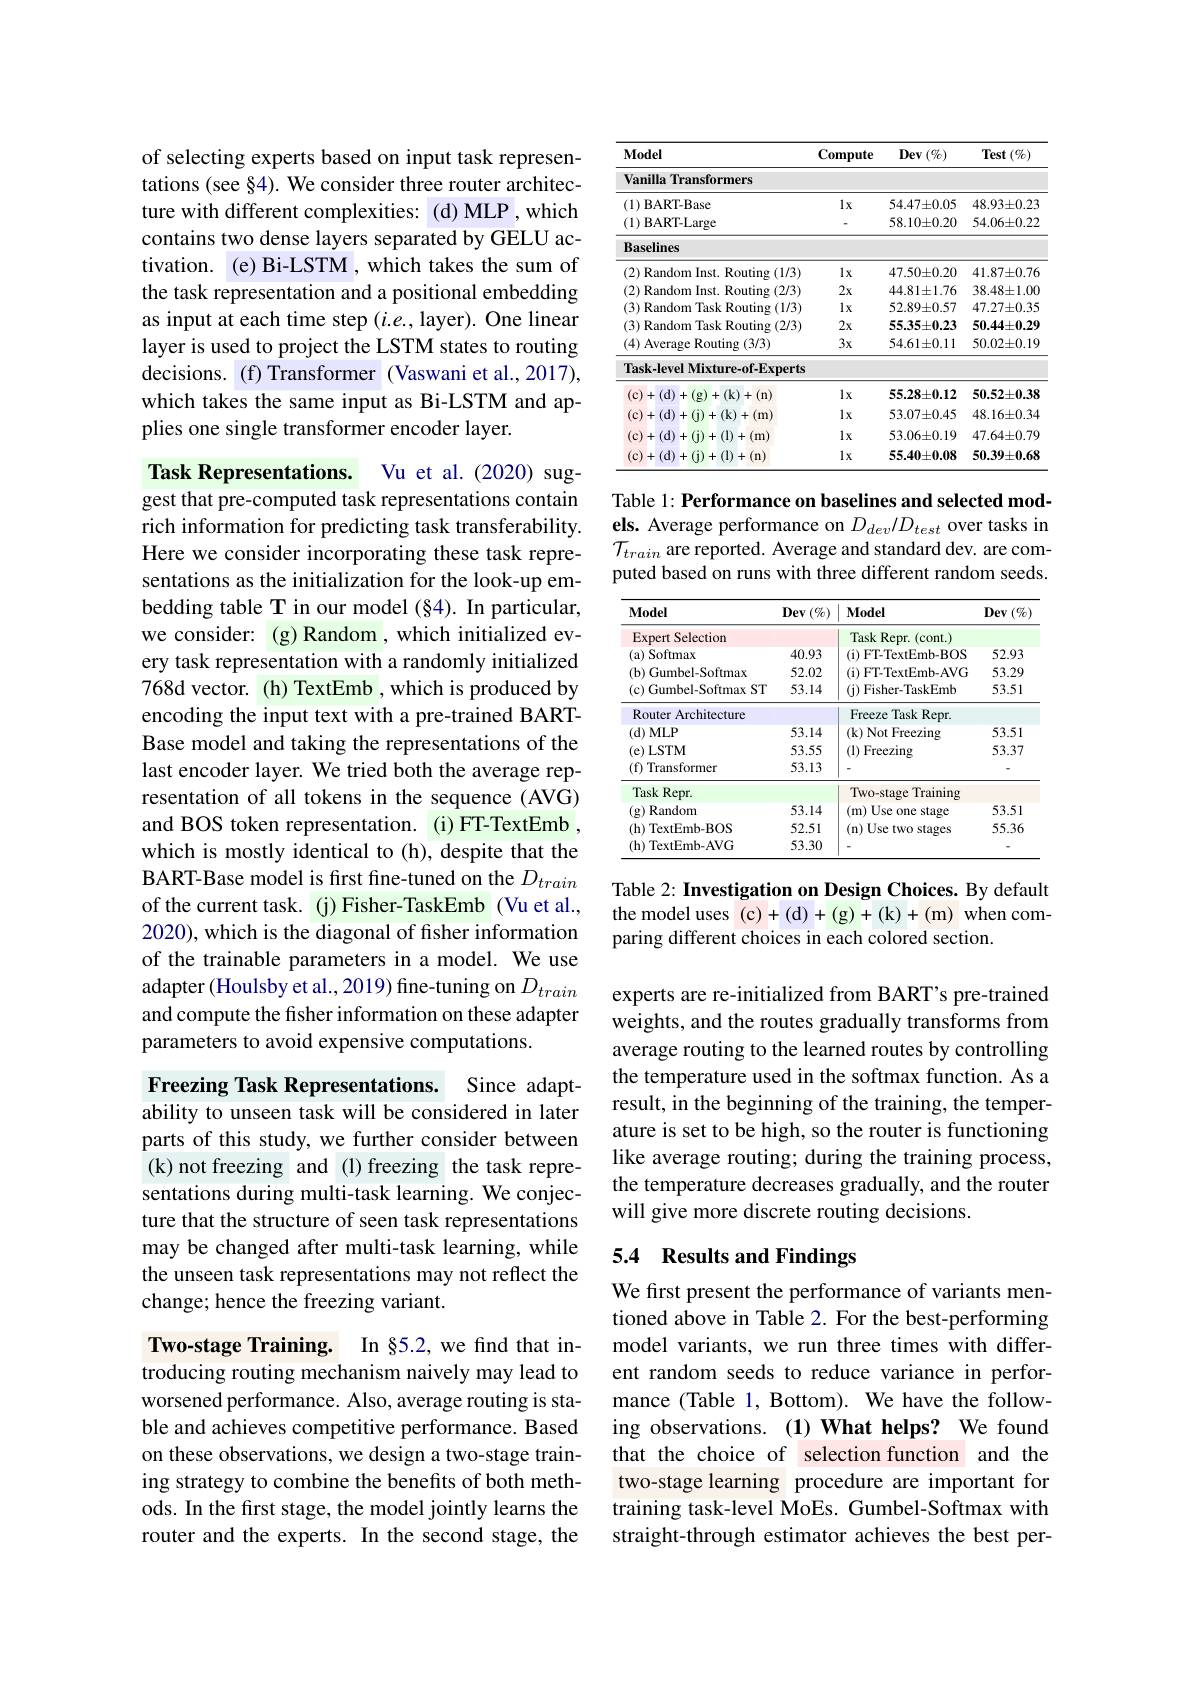
of selecting experts based on input task representations (see §4). We consider three router architecture with different complexities: (d)MLP,which contains two dense layers separated by GELU activation. (e) Bi-LSTM , which takes the sum of the task representation and a positional embedding as input at each time step $(i.e.$,layer). One linear layer is used to project the LSTM states to routing decisions. (f)Transformer (Vaswani et al.,2017), which takes the same input as Bi-LSTM and applies one single transformer encoder layer.

Task Representations. Vu et al.(2020) suggest that pre-computed task representations contain rich information for predicting task transferability. Here we consider incorporating these task representations as the initialization for the look-up embedding table T in our model $(\S4).$ In particular, we consider: (g)Random, which initialized every task representation with a randomly initialized 768d vector. (h) TextEmb , which is produced by encoding the input text with a pre-trained BARTBase model and taking the representations of the last encoder layer. We tried both the average representation of all tokens in the sequence (AVG) and BOS token representation. (i)FT-TextEmb , which is mostly identical to (h), despite that the BART-Base model is first fine-tuned on the $D_{train}$ of the current task. (j) Fisher-TaskEmb (Vu et al., 2020), which is the diagonal of fisher information of the trainable parameters in a model. We use adapter (Houlsby et al., 2019) fine-tuning on $D_{train}$ and compute the fisher information on these adapter parameters to avoid expensive computations.

Freezing Task Representations. Since adaptability to unseen task will be considered in later parts of this study, we further consider between (k)not freezing and (l)freezing the task representations during multi-task learning. We conjecture that the structure of seen task representations may be changed after multi-task learning, while the unseen task representations may not reflect the change; hence the freezing variant.

Two-stage Training. In §5.2, we find that introducing routing mechanism naively may lead to worsened performance. Also, average routing is stable and achieves competitive performance. Based on these observations, we design a two-stage training strategy to combine the benefits of both methods. In the first stage, the model jointly learns the router and the experts. In the second stage, the

<table>
	<tbody>
		<tr>
			<th>$\mathbf{Model}$</th>
			<th>$\mathbf{Compute}$</th>
			<th>$Dev\left(\%\right)$</th>
			<th>$\operatorname{Test}\left(\%\right)$</th>
		</tr>
		<tr>
			<td>Vanilla Transformers</td>
			<td> </td>
			<td> </td>
			<td> </td>
		</tr>
		<tr>
			<td>(1)BART-Base</td>
			<td>$1x$</td>
			<td>$54.47\pm0.05$</td>
			<td>$48.93\pm0.23$</td>
		</tr>
		<tr>
			<td>(1) BART-Large</td>
			<td> </td>
			<td>$58.10\pm0.20$</td>
			<td>$54.06\pm0.22$</td>
		</tr>
		<tr>
			<td>Baselines</td>
			<td> </td>
			<td> </td>
			<td> </td>
		</tr>
		<tr>
			<td>(2) Random Inst. Routing (1/3)</td>
			<td>$1x$</td>
			<td>$47.50\pm0.20$</td>
			<td>$41.87\pm0.76$</td>
		</tr>
		<tr>
			<td>(2) Random Inst. Routing (2/3)</td>
			<td>$2x$</td>
			<td>$44.81\pm1.76$</td>
			<td>$38.48\pm1.00$</td>
		</tr>
		<tr>
			<td>(3) Random Task Routing (1/3)</td>
			<td>$1x$</td>
			<td>$52.89\pm0.57$</td>
			<td>$47.27\pm0.35$</td>
		</tr>
		<tr>
			<td>(3) Random Task Routing (2/3)</td>
			<td>$2x$</td>
			<td>$55.35\pm0.23$</td>
			<td>$50.44\pm0.29$</td>
		</tr>
		<tr>
			<td>(4) Average Routing (3/3)</td>
			<td>$3x$</td>
			<td>$54.61\pm0.11$</td>
			<td>$50.02\pm0.19$</td>
		</tr>
		<tr>
			<td>Task-level Mixture-of-Experts</td>
			<td> </td>
			<td> </td>
			<td> </td>
		</tr>
		<tr>
			<td>(c)+(d)+(g)+(k)+(n)</td>
			<td>$1x$</td>
			<td>$55.28\pm0.12$</td>
			<td>$50.52\pm0.38$</td>
		</tr>
		<tr>
			<td>(c)+(d)+(j)+(k)+(m)</td>
			<td>$1x$</td>
			<td>$53.07\pm0.45$</td>
			<td>$48.16\pm0.34$</td>
		</tr>
		<tr>
			<td>(c)+(d)+(j)+(l)+(m)</td>
			<td>$1x$</td>
			<td>$53.06\pm0.19$</td>
			<td>$47.64\pm0.79$</td>
		</tr>
		<tr>
			<td>(c)+(d)+ 1. 1 +(1)+(n)</td>
			<td>$1x$</td>
			<td>$55.40\pm0.08$</td>
			<td>$50.39\pm0.68$</td>
		</tr>
	</tbody>
</table>

Table 1: Performance on baselines and selected models. Average performance on $D_{dev}/D_{test}$ over tasks in $\mathcal{T}_{train}$ are reported. Average and standard dev. are computed based on runs with three different random seeds.

<table>
	<tbody>
		<tr>
			<th>$\mathbf{Model}$</th>
			<th>$\mathbf{Dev}\left(\%\right)$</th>
			<th>$\mathbf{Model}$</th>
			<th>Dev $(\%)$ $a_{1}=\frac{1}{2}$ 1</th>
		</tr>
		<tr>
			<td>Expert Selection</td>
			<td> </td>
			<td>Task Repr.(cont.)</td>
			<td> </td>
		</tr>
		<tr>
			<td>(a) Softmax</td>
			<td>40.93</td>
			<td>(i) FT-TextEmb-BOS</td>
			<td>52.93</td>
		</tr>
		<tr>
			<td>(b) Gumbel-Softmax</td>
			<td>52.02</td>
			<td>(i) FT-TextEmb-AVG</td>
			<td>53.29</td>
		</tr>
		<tr>
			<td>(c) Gumbel-Softmax ST</td>
			<td>53.14</td>
			<td>(j) Fisher-TaskEmb</td>
			<td>53.51</td>
		</tr>
		<tr>
			<td>Router Architecture</td>
			<td> </td>
			<td>Freeze Task Repr.</td>
			<td> </td>
		</tr>
		<tr>
			<td>(d) MLP</td>
			<td>53.14</td>
			<td>(k) Not Freezing</td>
			<td>53.51</td>
		</tr>
		<tr>
			<td>(e)LSTM</td>
			<td>53.55</td>
			<td>(1) Freezing</td>
			<td>53.37</td>
		</tr>
		<tr>
			<td>(f) Transformer</td>
			<td>53.13</td>
			<td> </td>
			<td> </td>
		</tr>
		<tr>
			<td>Task Repr.</td>
			<td> </td>
			<td>Two-stage Training</td>
			<td> </td>
		</tr>
		<tr>
			<td>$(\mathbf{g})$ ) Random</td>
			<td>53.14</td>
			<td>(m) Use one stage</td>
			<td>53.51</td>
		</tr>
		<tr>
			<td>(h) TextEmb-BOS</td>
			<td>52.51</td>
			<td>(n) Use two stages</td>
			<td>55.36</td>
		</tr>
		<tr>
			<td>(h) TextEmb-AVG</td>
			<td>53.30</td>
			<td> </td>
			<td> </td>
		</tr>
	</tbody>
</table>

Table 2: Investigation on Design Choices. By default the model uses $(\mathfrak c)+(\mathfrak d)+(\mathfrak g)+(\mathfrak k)+(\mathfrak m)$ when comparing different choices in each colored section.

experts are re-initialized from BART's pre-trained weights, and the routes gradually transforms from average routing to the learned routes by controlling the temperature used in the softmax function. As a result, in the beginning of the training, the temperature is set to be high, so the router is functioning like average routing; during the training process, the temperature decreases gradually, and the router will give more discrete routing decisions.

### 5.4 Results and Findings

We first present the performance of variants mentioned above in Table 2. For the best-performing model variants, we run three times with different random seeds to reduce variance in performance (Table 1, Bottom). We have the following observations.(1) What helps? We found that the choice of selection function and the two-stage learning procedure are important for training task-level MoEs. Gumbel-Softmax with straight-through estimator achieves the best per-